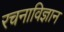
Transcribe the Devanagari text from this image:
रचनाविज्ञान